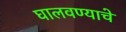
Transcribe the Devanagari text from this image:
घालवण्याचे